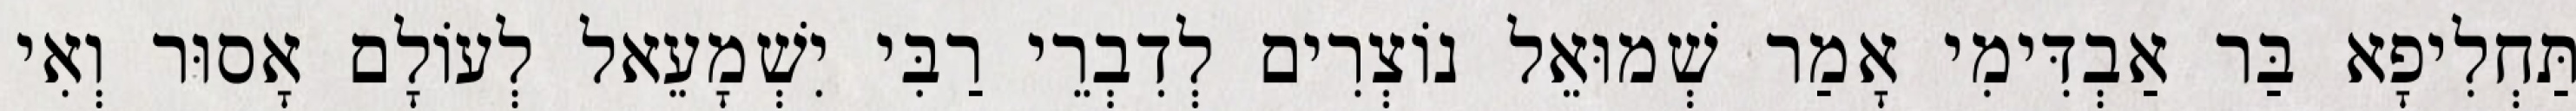
תַּחְלִיפָא בַּר אַבְדִּימִי אָמַר שְׁמוּאֵל נוֹצְרִים לְדִבְרֵי רַבִּי יִשְׁמָעֵאל לְעוֹלָם אָסוּר וְאִי